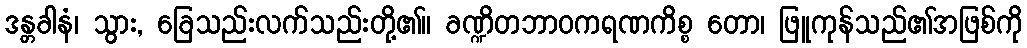
ဒန္တခါနံ၊ သွား, ခြေသည်းလက်သည်းတို့၏။ ခဏ္ဍိတဘာဝကရဏကိစ္စ တော၊ ဖြူကုန်သည်၏အဖြစ်ကို